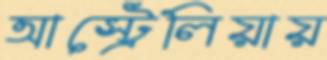
আস্ট্রেলিয়ায়